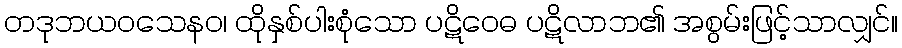
တဒုဘယဝသေနဝ၊ ထိုနှစ်ပါးစုံသော ပဋိဝေဓ ပဋိလာဘ၏ အစွမ်းဖြင့်သာလျှင်။